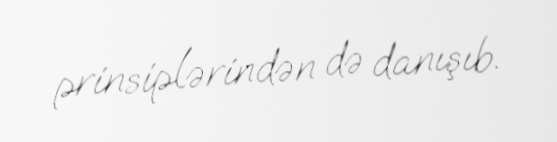
prinsiplərindən də danışıb.